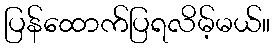
ပြန်ထောက်ပြရလိမ့်မယ်။